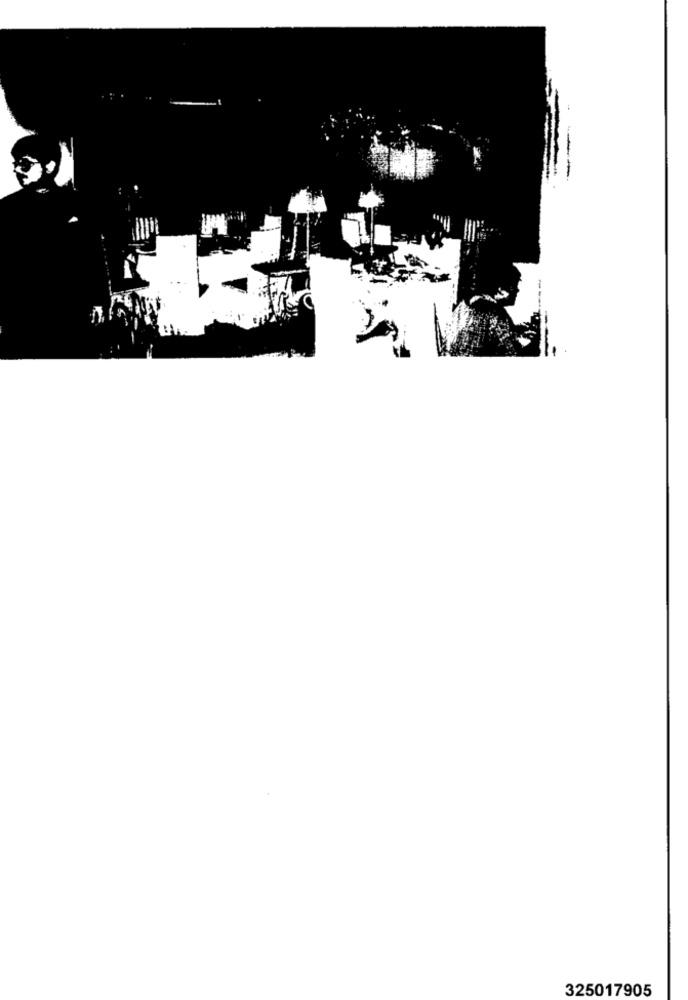
325017905